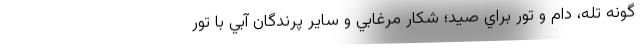
گونه تله‌، دام و تور براي صيد؛ شكار مرغابي و ساير پرندگان آبي با تور